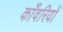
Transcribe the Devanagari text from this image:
काँवरियों